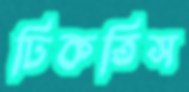
ঢিকতিস